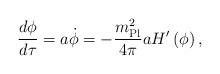
LaTeX: \begin{align*}{d \phi \over d \tau} = a \dot\phi = - {m_{\rm Pl}^2 \over 4 \pi} a H'\left(\phi\right),\end{align*}